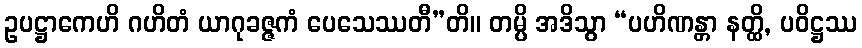
ဥပဋ္ဌာကေဟိ ဂဟိတံ ယာဂုခဇ္ဇကံ ပေသေဿတီ”တိ။ တမ္ပိ အဒိသွာ “ပဟိဏန္တာ နတ္ထိ, ပဝိဋ္ဌဿ